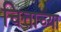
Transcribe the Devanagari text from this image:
चित्ताच्या